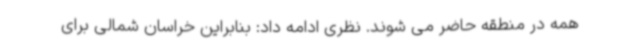
همه در منطقه حاضر می شوند. نظری ادامه داد: بنابراین خراسان شمالی برای